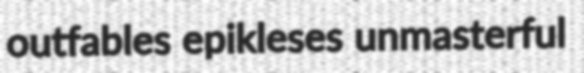
outfables epikleses unmasterful